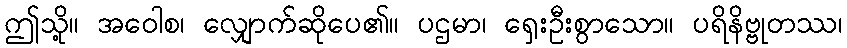
ဤသို့။ အဝေါစ၊ လျှောက်ဆိုပေ၏။ ပဌမာ၊ ရှေးဦးစွာသော။ ပရိနိဗ္ဗုတဿ၊